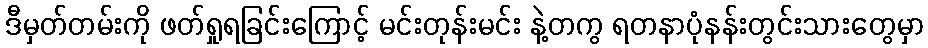
ဒီမှတ်တမ်းကို ဖတ်ရှုရခြင်းကြောင့် မင်းတုန်းမင်း နဲ့တကွ ရတနာပုံနန်းတွင်းသားတွေမှာ